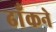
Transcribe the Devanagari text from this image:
ढाँकने